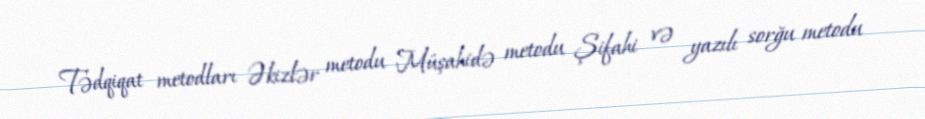
Tədqiqat metodları Əkizlər metodu Müşahidə metodu Şifahi və yazılı sorğu metodu